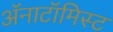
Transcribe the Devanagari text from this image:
अॅनाटॉमिस्ट